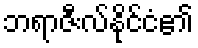
ဘရာဇီးလ်နိုင်ငံ၏